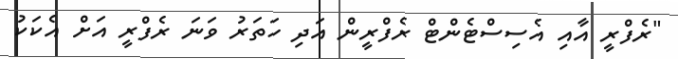
"ރެފްރީ އާއި އެސިސްޓެންޓް ރެފްރީން އަދި ހަތަރު ވަނަ ރެފްރީ އަށް އެކަކު